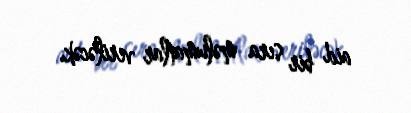
aid bir sıra məlumatlar veriləcək.